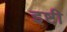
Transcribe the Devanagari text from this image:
इष्टी